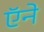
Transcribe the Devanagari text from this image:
ऍने